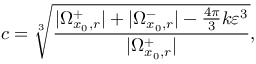
c = \sqrt [ 3 ] { \frac { | \Omega _ { x _ { 0 } , r } ^ { + } | + | \Omega _ { x _ { 0 } , r } ^ { - } | - \frac { 4 \pi } { 3 } k \varepsilon ^ { 3 } } { | \Omega _ { x _ { 0 } , r } ^ { + } | } } ,